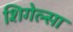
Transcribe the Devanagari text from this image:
शिगेल्सा